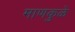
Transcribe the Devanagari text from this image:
माणकुळे